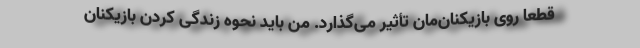
قطعا روی بازیکنان‌مان تأثیر می‌گذارد. من باید نحوه زندگی کردن بازیکنان